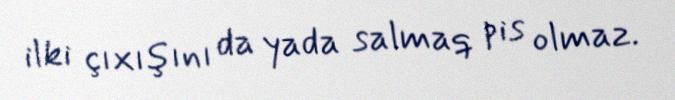
ilki çıxışını da yada salmaq pis olmaz.